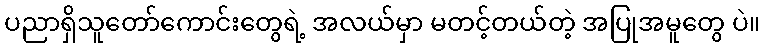
ပညာရှိသူတော်ကောင်းတွေရဲ့ အလယ်မှာ မတင့်တယ်တဲ့ အပြုအမူတွေ ပဲ။